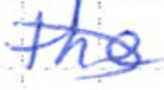
Text: the
Cross-out: diagonal
Writing tool: ballpoint